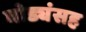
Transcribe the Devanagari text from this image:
घोड्यंसह